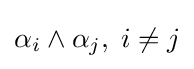
\alpha _{i}\wedge \alpha _{j},\;i\neq j